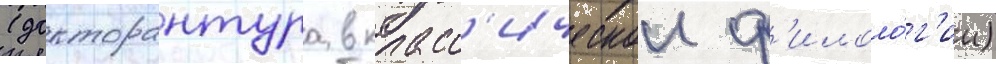
(докторантура в класс'ическои ф'илоло́г'ии)